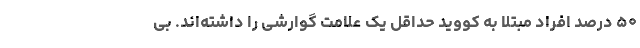
۵۰ درصد افراد مبتلا به کووید حداقل یک علامت گوارشی را داشته‌اند. بی